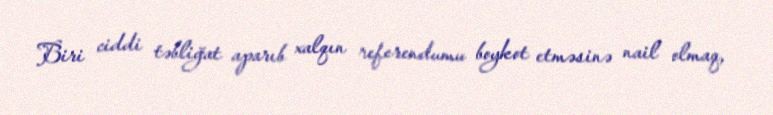
Biri ciddi təbliğat aparıb xalqın referendumu boykot etməsinə nail olmaq,